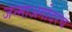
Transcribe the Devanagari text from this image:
जन्माअगोदरच